King Institute of Preventive Medicine Micro-Biological Section reports 1912-19
Year: 1912
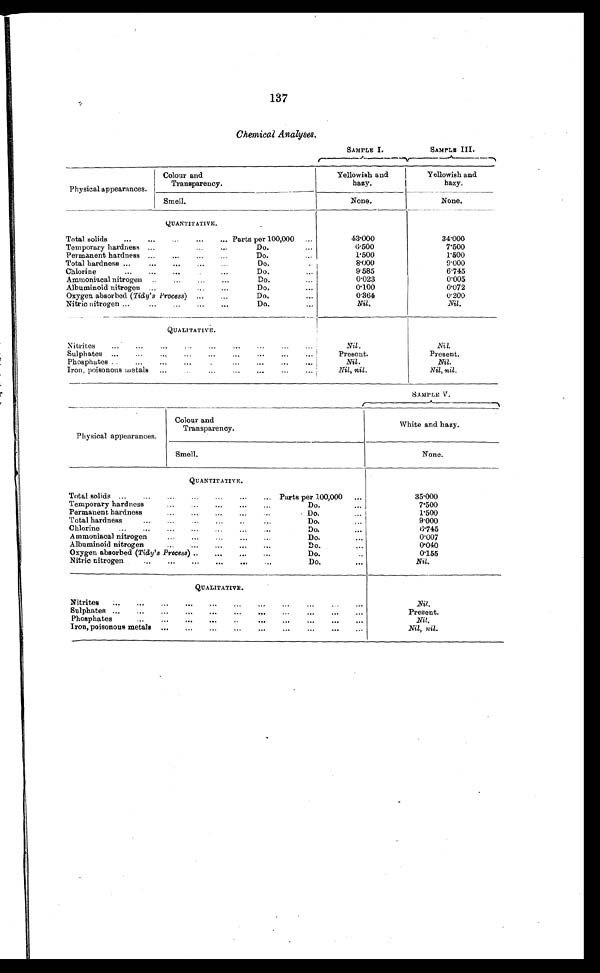
137
Chemical Analyses.
SAMPLE I.
SAMPLE III.
Physical appearances
Colour and
Transparency.
Yellowish and
hazy.
Yellowish and
hazy.
Smell.
None.
None.
QUANTITATIVE.
Total solids
Parts
100,000
per
...
43.000
34.000
T Temporary hardness ...
..... ...
Do.
...
6.500
7.500
Permanent hardness ...
...
...
...
Do.
...
1.500
1.500
Total hardness ...
...
...
... . ...
Do.
8 . 0 0 0
9.000
Chlorine
...
...
...
...
Do.
9.585
6.745
Ammoniacal nitrogen ..... . .. ...
D o .
0.023
0.005
Albuminoid nitrogen ...
...
Do.
...
0.100
0.072
Oxygen absorbed (Tidy' s Process) ...
Do.
...
0.364
0.200
Nitric nitrogen ...
...
..... .... ...
Do.
...
Nil.
Nil.
QUALITATIVE.
Nitrites
...
...
...
...
...
...
...
Nil.
Nil.
Sulphates ...
...
...
...
...
.... ... ...
Present.
Present.
Phosphates ..
...
...
...
...
...
Nil.
Nil.
Iron, poisonous metals ...
...
...
...
...
Nil, nil.
Nil, nil.
SAMPLE V.
Physical appearances.
Colour and
Transparency.
White and hazy.
Smell.
None.
QUANTITATIVE.
Total solids...
...
• .
...
....
...
...
Parts per 100,000 ...
35.000
Temporary hardness
...
...
...
. . .
Do.
.
7.500
Permanent hardness
...
...
...
...
...
. Do.
1.500
Total hardness
. .. . .. .... ...
Do.
...
9.000
Chlorine.. .
.
... . . .
. . .
. . .
. . .
.
Do.
.
6.745
Ammoniacal nitrogen
. . . ... ... ...
Do.
...
0.007
Albuminoid nitrogen
...
...
...
...
...
D o .
0.040
Oxygen absorbed (Tidy's Process) ..
...
...
Do.
..
0.155
Nitric nitrogen... . . . ... . .. . . .
D o . . . .
QUALITATIVE.
Nitrites
...
...
...
...
...
...
...
Nil.
Sulphates ...
. . .
. . .
. . .
. . .
. . .
. . .
. . .
. . .
. . .
Present.
Phosphates...
...
. . .
. . .
. . .
. . .
. . .
. . .
. . .
Iron, poisonous metals ....
.
. . . .
. . .
. . .
. . .
Nil, nil.